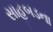
સાહબડના